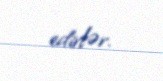
edirlər.